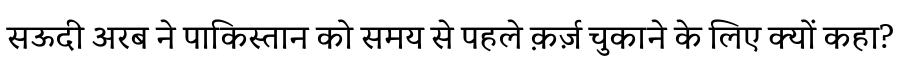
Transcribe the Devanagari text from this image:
सऊदी अरब ने पाकिस्तान को समय से पहले क़र्ज़ चुकाने के लिए क्यों कहा?